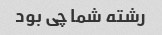
رشته شما چی بود